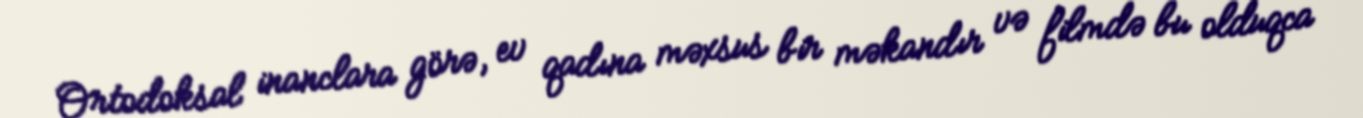
Ortodoksal inanclara görə, ev qadına məxsus bir məkandır və filmdə bu olduqca